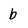
Character: b